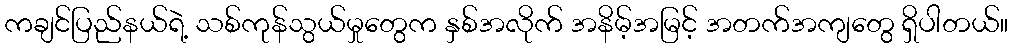
ကချင်ပြည်နယ်ရဲ့ သစ်ကုန်သွယ်မှုတွေက နှစ်အလိုက် အနိမ့်အမြင့် အတက်အကျတွေ ရှိပါတယ်။